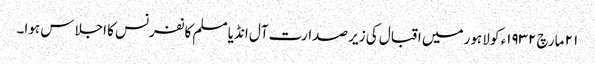
٢١ مارچ ١٩٣٢ء کو لاہور میں اقبال کی زیر صدارت آل انڈیا مسلم کانفرنس کا اجلاس ہوا۔